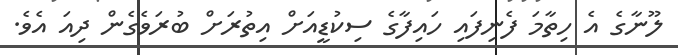
ލޫނާގެ އެ ހިތާމަ ފެނިފައި ހައިފާގެ ސިކުޑީއަށް އިތުރަށް ބުރަވެގެން ދިއަ އެވެ.